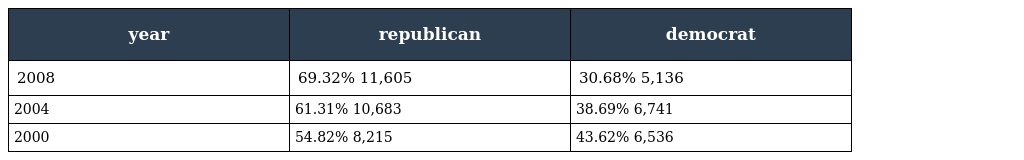
| year | republican | democrat |
 | --- | --- | --- |
 | 2008 | 69.32% 11,605 | 30.68% 5,136 |
 | 2004 | 61.31% 10,683 | 38.69% 6,741 |
 | 2000 | 54.82% 8,215 | 43.62% 6,536 |